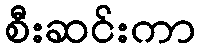
စီးဆင်းကာ